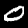
Label: 0